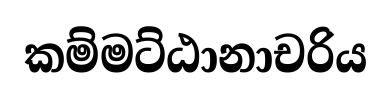
කම්මට්ඨානාචරිය